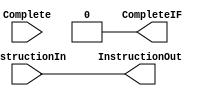
`timescale 1ns / 1ps


module IFIDRegister(InstructionIn, InstructionOut, Complete, CompleteIF);

    input [31:0]  InstructionIn;
    input Complete;
    output reg CompleteIF;
    output reg [31:0]InstructionOut;
    
  always @* begin
     
            CompleteIF <= 0;
            InstructionOut <= InstructionIn; 
          
        end

endmodule